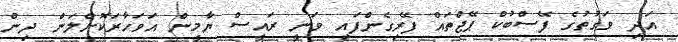
އަދި ވަގުތުގެ ފޭސްބުކް ޕޭޖްތައް ފޭރިގެންފައި ވަނީ ރައީސް ޔާމީން އަވަހާރަކޮށްލަން ދިން